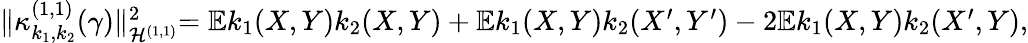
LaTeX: \begin{array}{r}{\lVert\kappa_{k_{1},k_{2}}^{(1,1)}(\gamma)\lVert_{\mathcal{H}^{(1,1)}}^{2}=\mathbb{E}k_{1}(X,Y)k_{2}(X,Y)+\mathbb{E}k_{1}(X,Y)k_{2}(X^{\prime},Y^{\prime})-2\mathbb{E}k_{1}(X,Y)k_{2}(X^{\prime},Y),}\end{array}